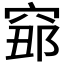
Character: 𥦅